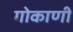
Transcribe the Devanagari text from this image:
गोकाणी